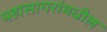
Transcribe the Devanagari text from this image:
महासागरांमधील